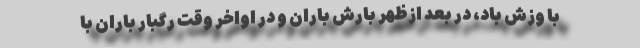
با وزش باد، در بعد ازظهر بارش باران و در اواخر وقت رگبار باران با